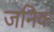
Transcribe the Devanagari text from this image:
जनिक